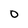
Character: O